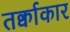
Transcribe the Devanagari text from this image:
तर्क्वाकार